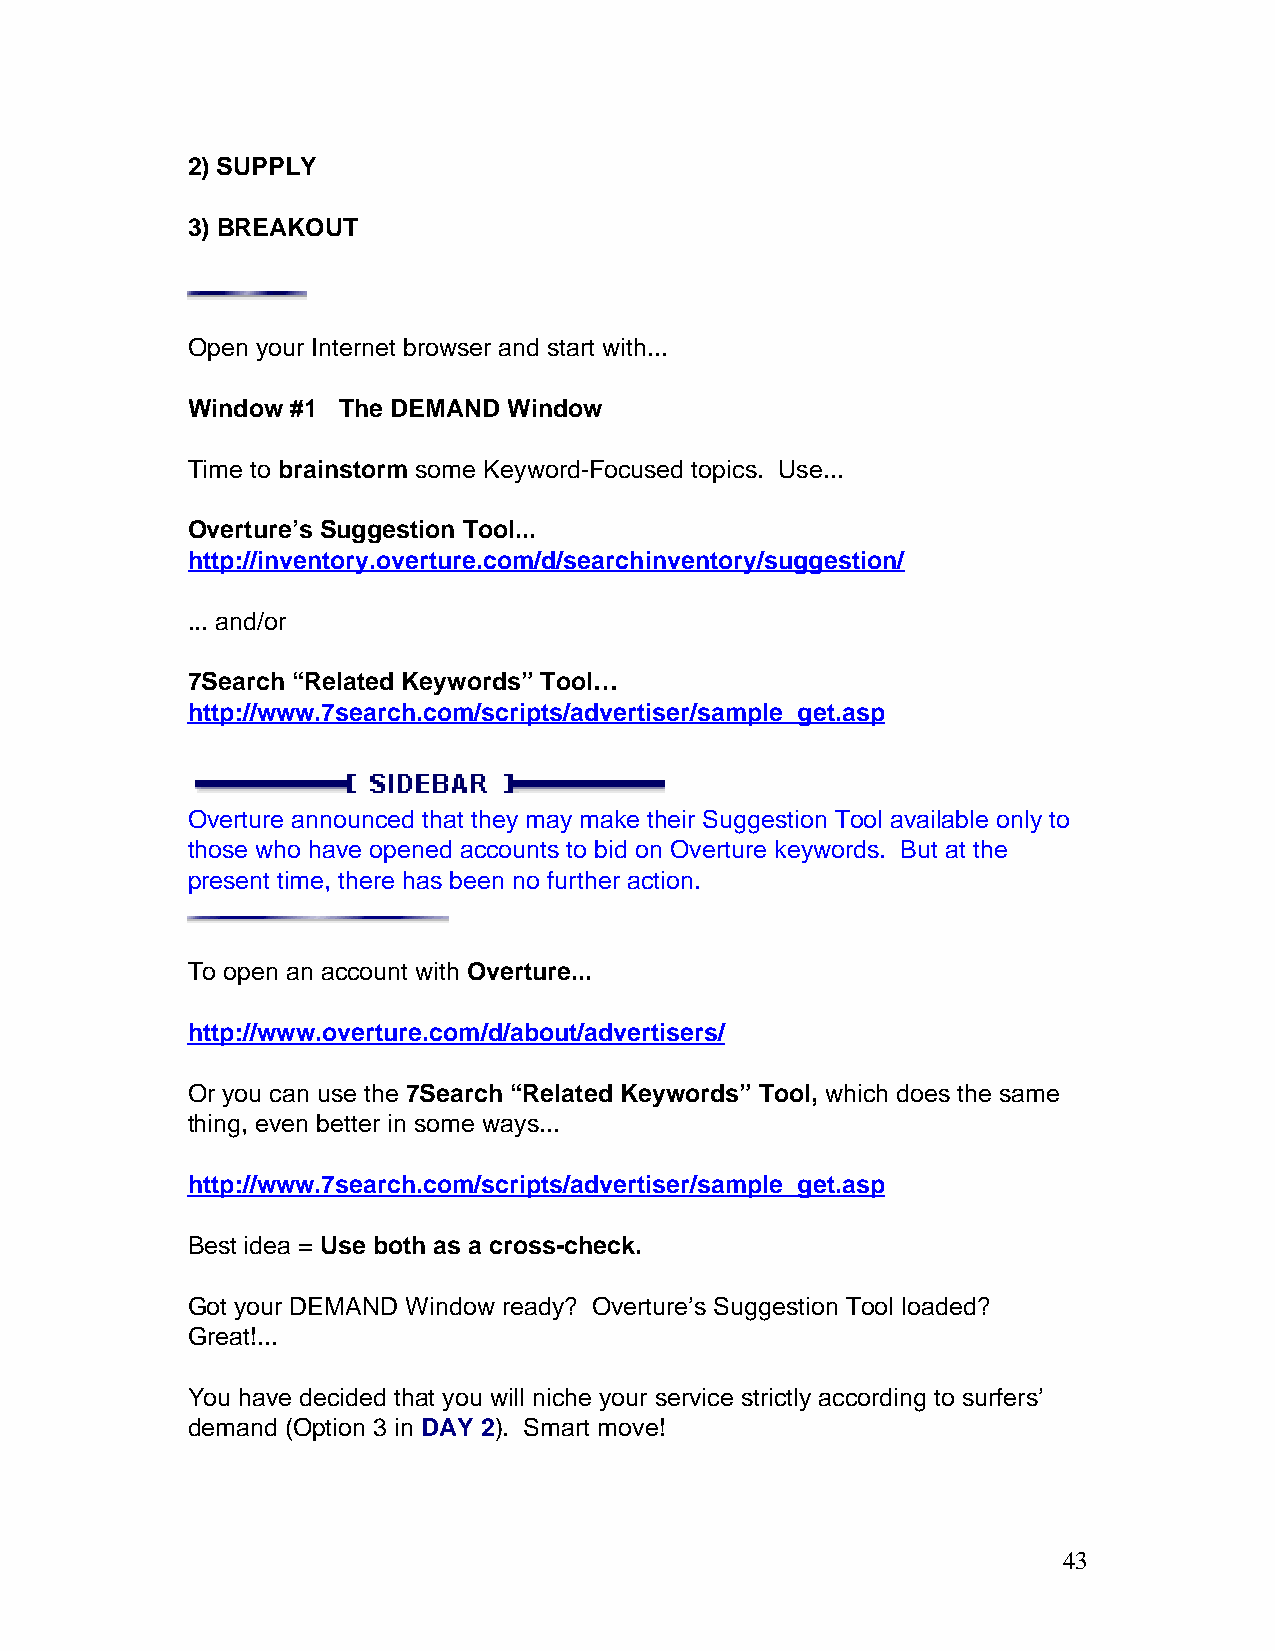
2) SUPPLY
 3) BREAKOUT
 Open your Internet browser and start with...
 Window #1 The DEMAND  Window
 Time to brainstorm some Keyword-Focused topics. Use...
 Overture’s Suggestion Tool...
 http://inventory.overture.com/d/searchinventory/suggestion/
 ... and/or
 7Search “Related Keywords” Tool…
 http://www.7search.com/scripts/advertiser/sample_get.asp
 Overture announced that they may make their Suggestion Tool available only to
 those who have opened accounts to bid on Overture keywords. But at the
 present time, there has been no further action.
 To open an account with Overture...
 http://www.overture.com/d/about/advertisers/
 Or you can use the 7Search “Related Keywords” Tool, which does the same
 thing, even better in some ways...
 http://www.7search.com/scripts/advertiser/sample_get.asp
 Best idea = Use both as a cross-check.
 Got your DEMAND Window ready? Overture’s Suggestion Tool loaded?
 Great!...
 You have decided that you will niche your service strictly according to surfers’
 demand (Option 3 in DAY 2). Smart move!
 43